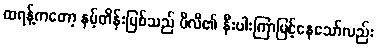
ထရန့်ကတော့ နမ့်တိန်းမြစ်သည် ပီလီ၏ နီးပါးကြာမြင့်နေသော်လည်း